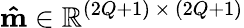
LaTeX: \mathbf{\hat{m}}\in\mathbb{R}^{(2Q+1)\, \times\, (2Q+1)}